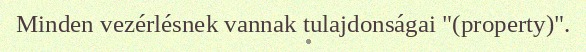
Minden vezérlésnek vannak tulajdonságai "(property)".